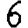
Digit: 6